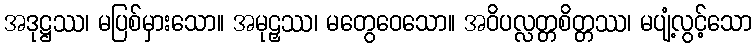
အဒုဋ္ဌဿ၊ မပြစ်မှားသော။ အမုဠှဿ၊ မတွေဝေသော။ အဝိပလ္လတ္တစိတ္တဿ၊ မပျံ့လွင့်သော